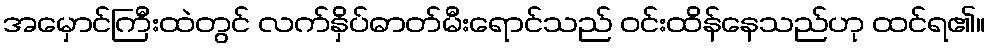
အမှောင်ကြီးထဲတွင် လက်နှိပ်ဓာတ်မီးရောင်သည် ဝင်းထိန်နေသည်ဟု ထင်ရ၏။